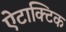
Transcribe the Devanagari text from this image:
ऐटाक्टिक